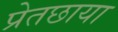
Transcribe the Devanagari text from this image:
प्रेतछाया